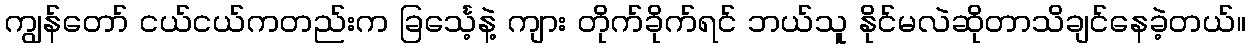
ကျွန်တော် ငယ်ငယ်ကတည်းက ခြင်္သေ့နဲ့ ကျား တိုက်ခိုက်ရင် ဘယ်သူ နိုင်မလဲဆိုတာသိချင်နေခဲ့တယ်။